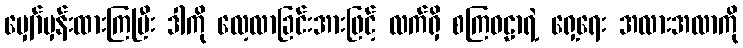
မျှော်မှန်းထားကြပြီး ဒါကို လေ့လာခြင်းအားဖြင့် လက်ရှိ စကြဝဠာရဲ့ ရှေ့ရေး အလားအလာကို